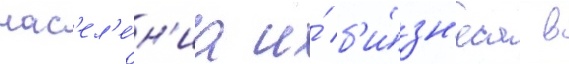
нас'ел'е́н'иа и́ б'и́зн'еса в